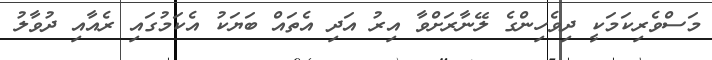
މަސްވެރިކަމަކީ ދިވެހިންގެ ލޭނާރަށްވާ އިރު އަދި އެތައް ބަޔަކު އެކަމުގައި ރެއާއި ދުވާލު